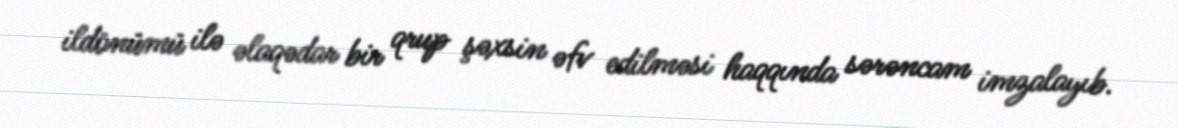
ildönümü ilə əlaqədar bir qrup şəxsin əfv edilməsi haqqında sərəncam imzalayıb.